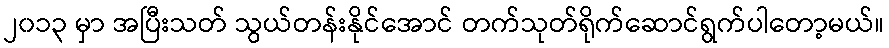
၂၀၁၃ မှာ အပြီးသတ် သွယ်တန်းနိုင်အောင် တက်သုတ်ရိုက်ဆောင်ရွက်ပါတော့မယ်။